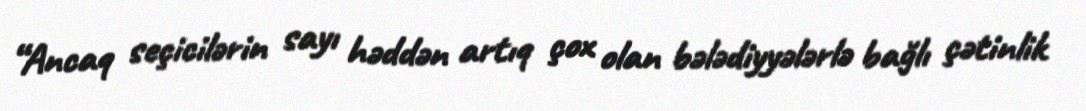
“Ancaq seçicilərin sayı həddən artıq çox olan bələdiyyələrlə bağlı çətinlik